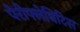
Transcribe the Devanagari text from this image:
पेरीफ्लेबिटिस